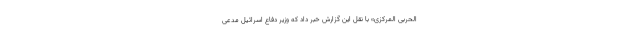
الحربی المرکزی» با نقل این گزارش خبر داد که وزیر دفاع اسرائیل مدعی